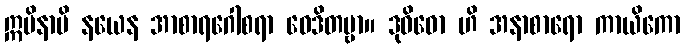
ဣမိနာပိ နယေန အာစာရဂေါစရာ ဝေဒိတဗ္ဗာ။ ဒုဝိဓော ဟိ အနာစာရော ကာယိကော